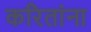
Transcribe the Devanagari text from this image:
करितांना